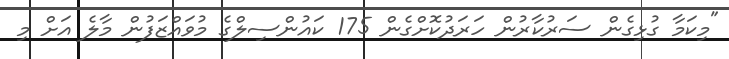
"މިކަމާ ގުޅިގެން ސަރުކާރުން ހަރަދުކޮށްގެން 175 ކައުންސިލްގެ މުވައްޒަފުން މާލެ އަށް މި